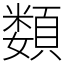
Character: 𩔗